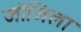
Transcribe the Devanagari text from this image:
जोजिला